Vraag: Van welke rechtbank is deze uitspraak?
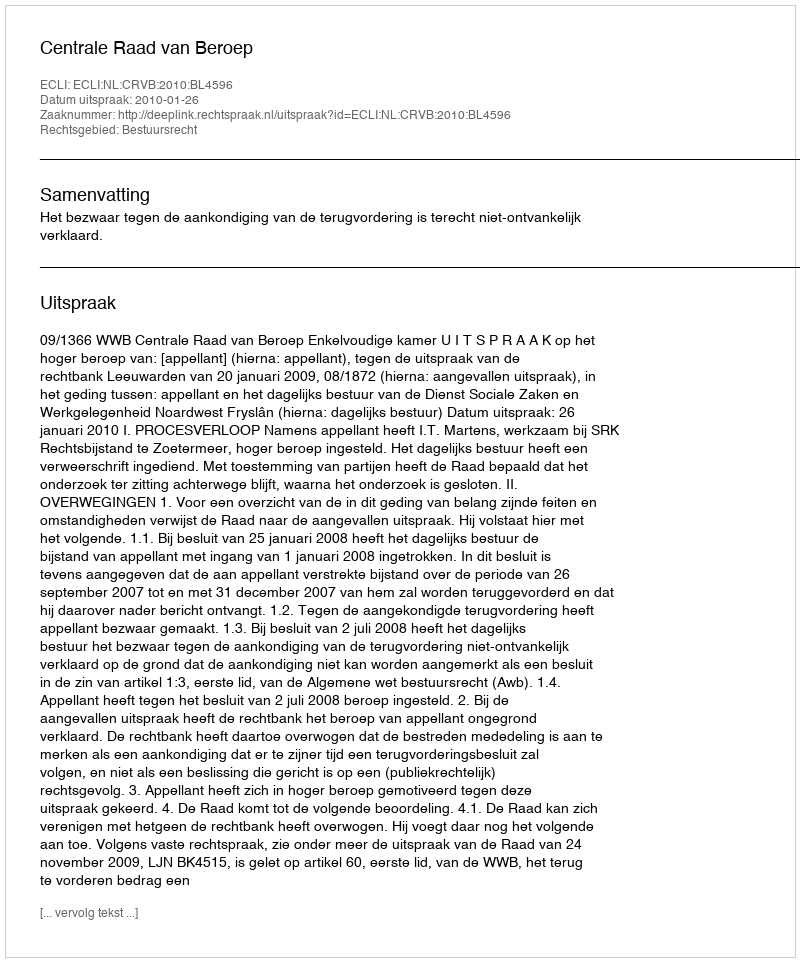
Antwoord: Centrale Raad van Beroep